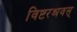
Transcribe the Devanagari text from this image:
विष्टरश्रवस्